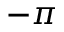
- \pi